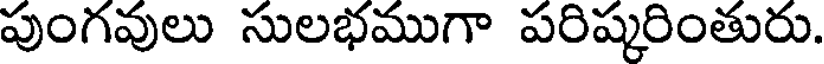
పుంగవులు సులభముగా పరిష్కరింతురు.